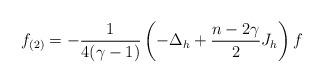
LaTeX: \begin{align*}f_{(2)} = -\frac{1}{4(\gamma-1)}\left(-\Delta_{h} + \frac{n-2\gamma}{2}J_{h}\right)f\end{align*}